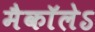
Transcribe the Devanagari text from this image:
मैकाॅलेऽ